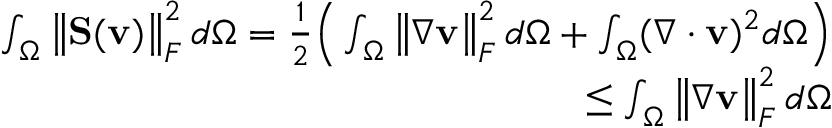
\begin{array} { r l r } & { } & { \int _ { \Omega } \left\lVert \mathbf { S } ( \mathbf { v } ) \right\rVert _ { F } ^ { 2 } d \Omega = \frac { 1 } { 2 } \Big ( \int _ { \Omega } \left\lVert \nabla \mathbf { v } \right\rVert _ { F } ^ { 2 } d \Omega + \int _ { \Omega } ( \nabla \cdot \mathbf { v } ) ^ { 2 } d \Omega \Big ) } \\ & { } & { \leq \int _ { \Omega } \left\lVert \nabla \mathbf { v } \right\rVert _ { F } ^ { 2 } d \Omega } \end{array}